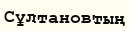
Сұлтановтың